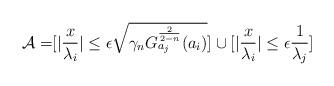
LaTeX: \begin{align*}\mathcal{A}= &[\vert \frac{x}{\lambda_{i}}\vert \leq \epsilon\sqrt{\gamma_{n}G^{\frac{2}{2-n}}_{ a _{j}}( a _{i})}]\cup[\vert \frac{x}{\lambda_{i}}\vert \leq \epsilon \frac{1}{\lambda_{j}} ]\end{align*}